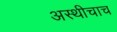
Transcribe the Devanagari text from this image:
अस्थीचाच